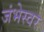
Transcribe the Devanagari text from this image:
जंभेस्वर